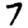
Digit: 7